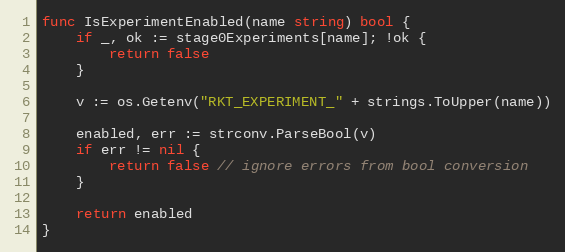
Language: Go
func IsExperimentEnabled(name string) bool {
	if _, ok := stage0Experiments[name]; !ok {
		return false
	}

	v := os.Getenv("RKT_EXPERIMENT_" + strings.ToUpper(name))

	enabled, err := strconv.ParseBool(v)
	if err != nil {
		return false // ignore errors from bool conversion
	}

	return enabled
}